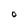
Character: 0